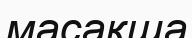
масақша